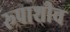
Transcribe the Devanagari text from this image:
रूपाशीच